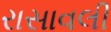
રાસાવલી